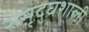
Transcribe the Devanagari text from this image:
समृद्घशाली